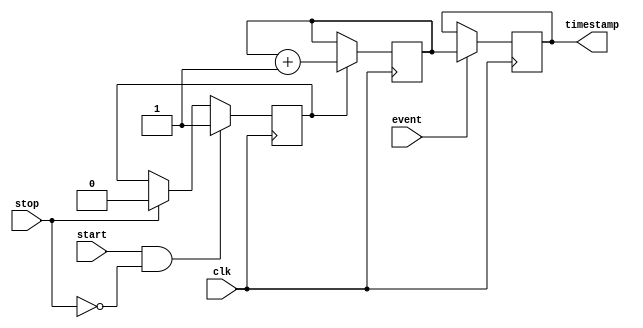
module timestamping_timer (
    input wire clk,
    input wire start,
    input wire stop,
    input wire event,
    output reg [31:0] timestamp
);

reg [31:0] count;
reg timer_running;

always @(posedge clk) begin
    if (start && !stop)
        timer_running <= 1;
    else if (stop)
        timer_running <= 0;
    
    if (timer_running)
        count <= count + 1;
    
    if (event)
        timestamp <= count;
end

endmodule